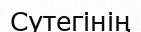
Сутегінің